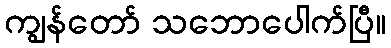
ကျွန်တော် သဘောပေါက်ပြီ။